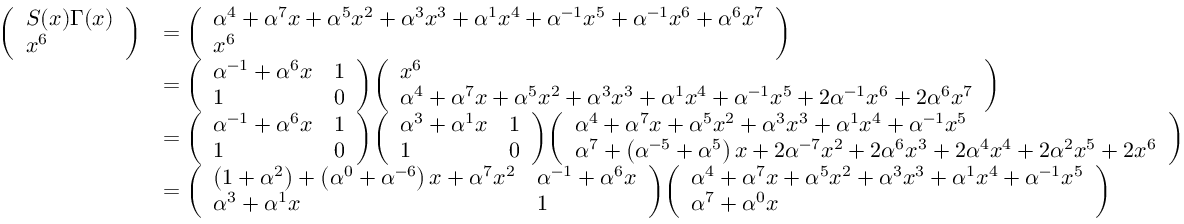
{ \begin{array} { r l } { { \left( \begin{array} { l } { S ( x ) \Gamma ( x ) } \\ { x ^ { 6 } } \end{array} \right) } } & { = { \left( \begin{array} { l } { \alpha ^ { 4 } + \alpha ^ { 7 } x + \alpha ^ { 5 } x ^ { 2 } + \alpha ^ { 3 } x ^ { 3 } + \alpha ^ { 1 } x ^ { 4 } + \alpha ^ { - 1 } x ^ { 5 } + \alpha ^ { - 1 } x ^ { 6 } + \alpha ^ { 6 } x ^ { 7 } } \\ { x ^ { 6 } } \end{array} \right) } } \\ & { = { \left( \begin{array} { l l } { \alpha ^ { - 1 } + \alpha ^ { 6 } x } & { 1 } \\ { 1 } & { 0 } \end{array} \right) } { \left( \begin{array} { l } { x ^ { 6 } } \\ { \alpha ^ { 4 } + \alpha ^ { 7 } x + \alpha ^ { 5 } x ^ { 2 } + \alpha ^ { 3 } x ^ { 3 } + \alpha ^ { 1 } x ^ { 4 } + \alpha ^ { - 1 } x ^ { 5 } + 2 \alpha ^ { - 1 } x ^ { 6 } + 2 \alpha ^ { 6 } x ^ { 7 } } \end{array} \right) } } \\ & { = { \left( \begin{array} { l l } { \alpha ^ { - 1 } + \alpha ^ { 6 } x } & { 1 } \\ { 1 } & { 0 } \end{array} \right) } { \left( \begin{array} { l l } { \alpha ^ { 3 } + \alpha ^ { 1 } x } & { 1 } \\ { 1 } & { 0 } \end{array} \right) } { \left( \begin{array} { l } { \alpha ^ { 4 } + \alpha ^ { 7 } x + \alpha ^ { 5 } x ^ { 2 } + \alpha ^ { 3 } x ^ { 3 } + \alpha ^ { 1 } x ^ { 4 } + \alpha ^ { - 1 } x ^ { 5 } } \\ { \alpha ^ { 7 } + \left( \alpha ^ { - 5 } + \alpha ^ { 5 } \right) x + 2 \alpha ^ { - 7 } x ^ { 2 } + 2 \alpha ^ { 6 } x ^ { 3 } + 2 \alpha ^ { 4 } x ^ { 4 } + 2 \alpha ^ { 2 } x ^ { 5 } + 2 x ^ { 6 } } \end{array} \right) } } \\ & { = { \left( \begin{array} { l l } { \left( 1 + \alpha ^ { 2 } \right) + \left( \alpha ^ { 0 } + \alpha ^ { - 6 } \right) x + \alpha ^ { 7 } x ^ { 2 } } & { \alpha ^ { - 1 } + \alpha ^ { 6 } x } \\ { \alpha ^ { 3 } + \alpha ^ { 1 } x } & { 1 } \end{array} \right) } { \left( \begin{array} { l } { \alpha ^ { 4 } + \alpha ^ { 7 } x + \alpha ^ { 5 } x ^ { 2 } + \alpha ^ { 3 } x ^ { 3 } + \alpha ^ { 1 } x ^ { 4 } + \alpha ^ { - 1 } x ^ { 5 } } \\ { \alpha ^ { 7 } + \alpha ^ { 0 } x } \end{array} \right) } } \end{array} }